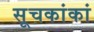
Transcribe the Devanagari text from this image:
सूचकांकां